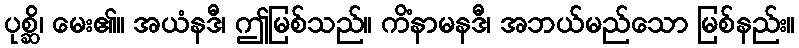
ပုစ္ဆိ၊ မေး၏။ အယံနဒီ၊ ဤမြစ်သည်။ ကိံနာမနဒီ၊ အဘယ်မည်သော မြစ်နည်း။